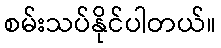
စမ်းသပ်နိုင်ပါတယ်။